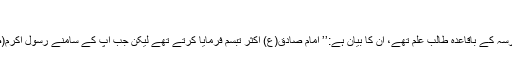
(۱)
مالک بن انس جو سیاسی اقتدار پانے سے پہلے اس مدرسہ کے باقاعدہ طالب علم تھے، ان کا بیان ہے:’’ امام صادق(ع) اکثر تبسم فرمایا کرتے تھے لیکن جب آپ کے سامنے رسول اکرم(ص) کا ذکر آجاتا تھا تو چہرۂ مبارک زرد ہوجاتا تھا‘‘۔